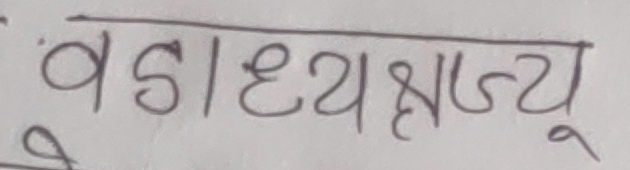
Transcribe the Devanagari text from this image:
वडाध्यक्षज्यू